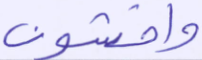
واخشون